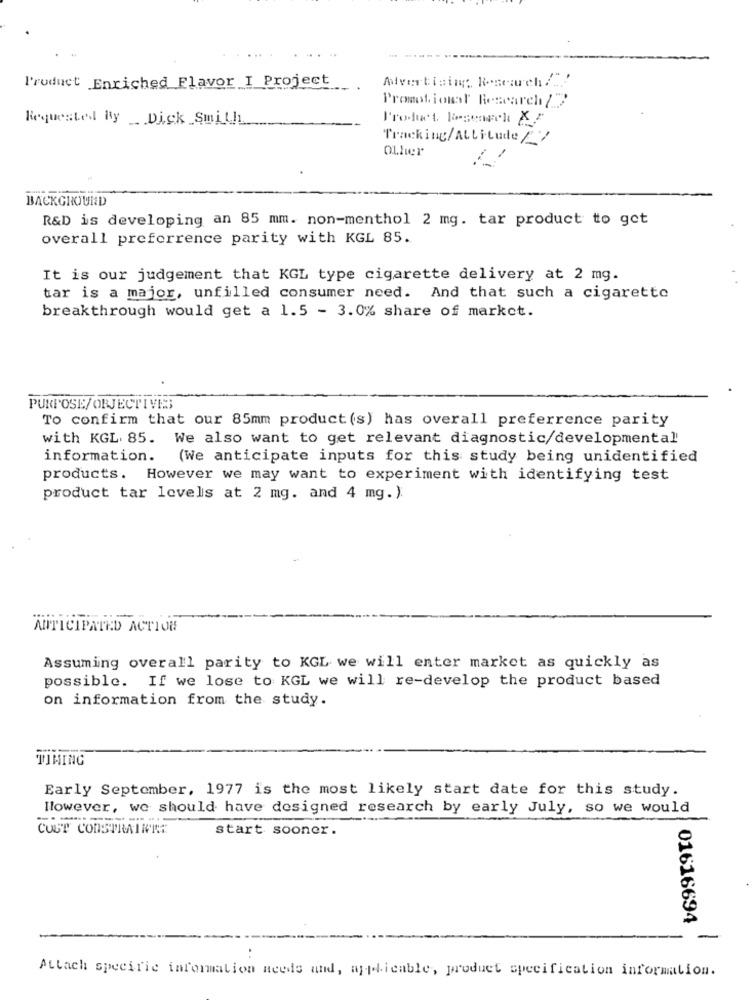
l'roduct Enriched Flavor I Project
Advertising: Research/""
Promotional Research /7'
Requested By _Dick Smith
Product liegenoch KA
Tracking/Attitude 27
Other
BACKGROUND
R&D is developing an 85 mm. non-menthol 2 mg. tar product to get
overall preferrence parity with KGL 85.
It is our judgement that KGL type cigarette delivery at 2 mg.
tar is a major, unfilled consumer need. And that such a cigarette
breakthrough would get a 1.5 - 3.0% share of market.
PURPOSE/ORJECTIVES
To confirm that our 85mm product (s) has overall preferrence parity
with KGL. 85. We also want to get relevant diagnostic/developmental
information. (We anticipate inputs for this study being unidentified
products. However we may want to experiment with identifying test
product tar levels at 2 mg. and 4 mg. ).
ANTICIPATED ACTION
Assuming overall parity to KGL we will enter market as quickly as
possible. If we lose to KGL we will re-develop the product based
on information from the study.
TIMING
Early September, 1977 is the most likely start date for this study.
However, we should have designed research by early July, so we would
CUST CONSTRAINEST
start sooner.
01616694
-
.
Attach specific information needs and, applicable, product specification information.